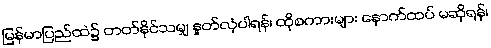
မြန်မာပြည်ထဲ၌ တတ်နိုင်သမျှ နှုတ်လုံပါရန်၊ ထိုစကားများ နောက်ထပ် မဆိုရန်၊